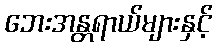
ဘေးအန္တရာယ်များနှင့်